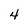
Character: 4